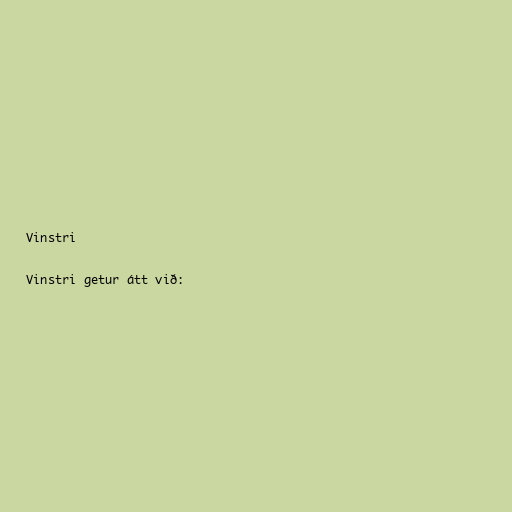
Vinstri

Vinstri getur átt við: